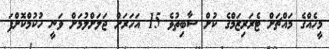
މީހެއްގެ މައްޗަށް ޓެރަރިޒަމްގެ ކުށް ސާބިތުވެ 15 އަހަރަށް ޖަލަށްލުމަށް ވަނީ ހުކުމްކޮށްފަ